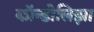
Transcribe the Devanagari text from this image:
कॉन्डोलिझा